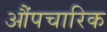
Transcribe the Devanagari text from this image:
औंपचारिक